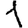
Digit: 1